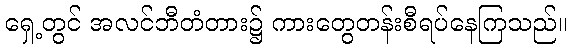
ရှေ့တွင် အလင်ဘီတံတား၌ ကားတွေတန်းစီရပ်နေကြသည်။